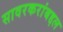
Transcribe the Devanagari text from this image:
सावरकरांबद्दल